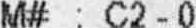
M# : C2 - 0